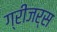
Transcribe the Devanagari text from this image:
ग्रीजर्स